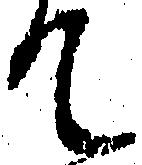
て